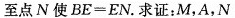
至点N使$$B E = E N$$。求证：M，A，N